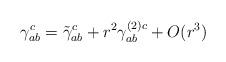
\begin{align*} \gamma_{ab}^c = \tilde \gamma_{ab}^c +r^2 \gamma_{ab}^{(2)c}+O(r^3) \end{align*}